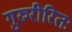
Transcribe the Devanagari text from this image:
गुरुरीरितः